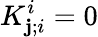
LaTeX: K_{\mathbf{j};i}^{i}=0